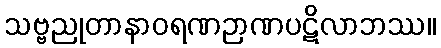
သဗ္ဗညုတာနာဝရဏဉာဏပဋိလာဘဿ။